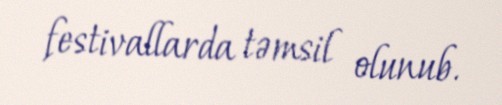
festivallarda təmsil olunub.